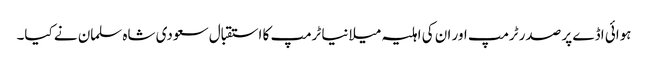
ہوائی اڈے پر صدر ٹرمپ اور ان کی اہلیہ میلانیا ٹرمپ کا استقبال سعودی شاہ سلمان نے کیا۔